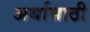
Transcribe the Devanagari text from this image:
अर्थासाठी